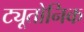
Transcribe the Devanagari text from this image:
ट्यूतोनिक